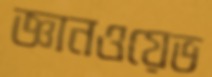
জ্ঞানওয়েভ